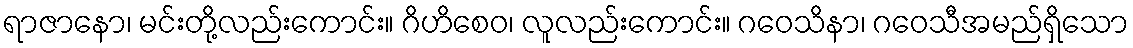
ရာဇာနော၊ မင်းတို့လည်းကောင်း။ ဂိဟိစေဝ၊ လူလည်းကောင်း။ ဂဝေသိနာ၊ ဂဝေသီအမည်ရှိသော